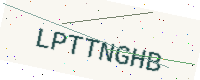
Text: LPTTNGHB